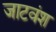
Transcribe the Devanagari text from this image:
जाटवंश